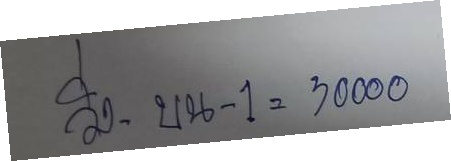
วิ่ง - บน -1 = 3000